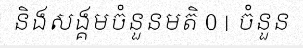
និងសង្គមចំនួនមតិ 0 | ចំនួន